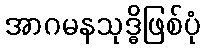
အာဂမနသုဒ္ဓိဖြစ်ပုံ